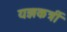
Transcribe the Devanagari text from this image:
यज्ञकर्त्री